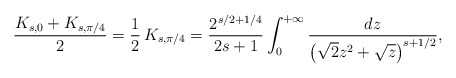
\begin{align*}\frac{K_{s,0}+K_{s,\pi/4}}2=\frac{1}{2}\,K_{s,\pi/4} = \frac{2^{s/2+1/4}}{2s+1}\int_0^{+\infty}\frac{dz}{\left(\sqrt{2}z^2+\sqrt{z}\right)^{s+1/2}},\end{align*}